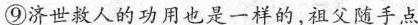
⑨济世救人的功用也是一样的，祖父随手点